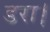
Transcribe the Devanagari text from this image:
डरा।